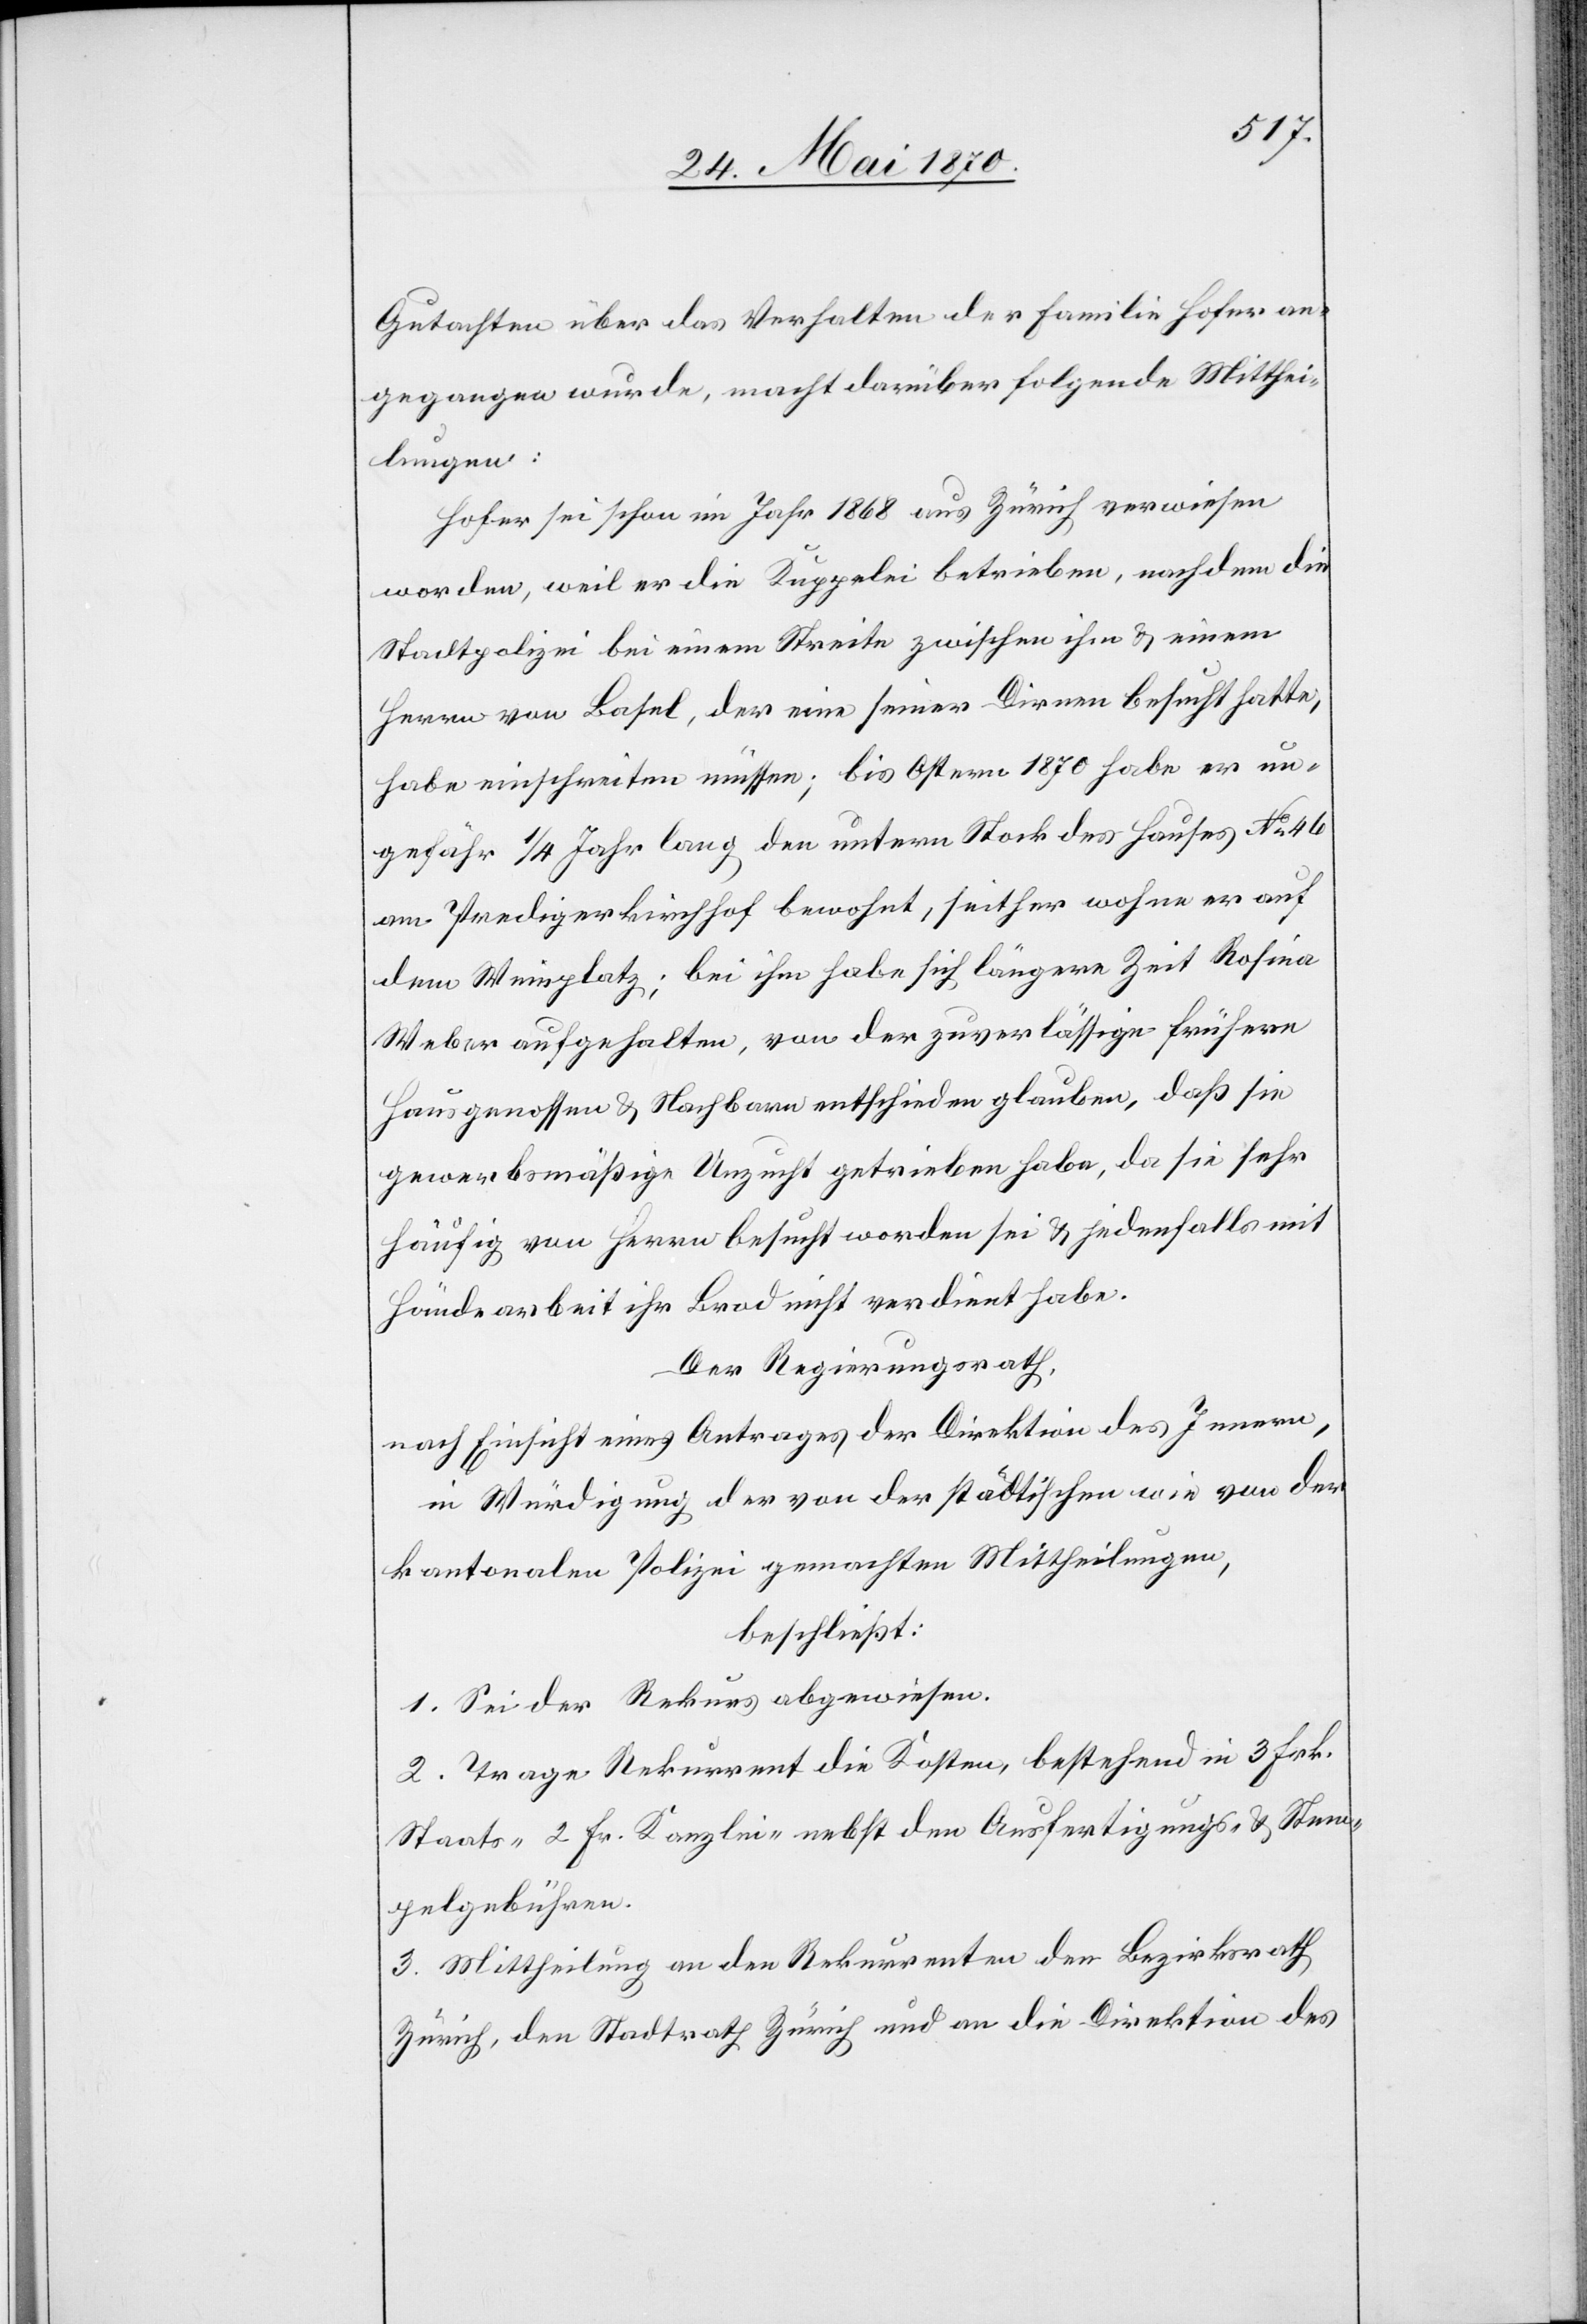
Gutachten über das Verhalten der Familie Hofer an¬
gegangen wurde, macht darüber folgende Mitthei¬
lungen:
Hofer sei schon im Jahr 1868 aus Zürich verwiesen
worden, weil er die Kuppelei betrieben, nachdem die
Stadtpolizei bei einem Streite zwischen ihm & einem
Herrn von Basel, der eine seiner Dirnen besucht hatte,
habe einschreiten müssen; bis Ostern 1870 habe er un¬
gefähr 1/4 Jahr lang den untern Stock des Hauses No 46
am Predigerkirchhof bewohnt, seither wohne er auf
dem Weinplatz; bei ihm habe sich längere Zeit Rosina
Weber aufgehalten, von der zuverlässige frühere
Hausgenossen & Nachbarn entschieden glauben, daß sie
gewerbsmäßige Unzucht getrieben habe, da sie sehr
häufig von Herr[e]n besucht worden sei & jedenfalls mit
Händearbeit ihr Brod nicht verdient habe.
Der Regierungsrath,
nach Einsicht eines Antrages der Direktion des Innern,
in Würdigung der von der städtischen wie von der
kantonalen Polizei gemachten Mittheilungen,
beschließt:
1. Sei der Rekurs abgewiesen.
2. Trage Rekurrent die Kosten, bestehend in 3 Frk.
Staats-[,] 2 Fr. Kanzlei- nebst den Ausfertigungs- & Stem¬
pelgebühren.
3. Mittheilung an den Rekurrenten den Bezirksrath
Zürich, den Stadtrath Zürich und an die Direktion des